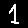
Digit: 1